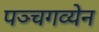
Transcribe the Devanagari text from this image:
पञ्चगव्येन